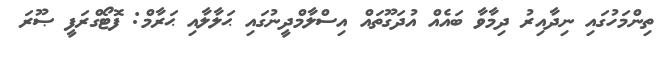
ތިންމަހުގައި ނިދާއިރު ދިމާވާ ބައެއް އުދަގޫތައް އިސްލާމްދީނުގައި ޙަލާލާއި ޙަރާމް: ފޮޓޯގްރަފީ ޞޫރަ